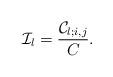
LaTeX: \begin{align*}\mathcal{I}_l=\frac{\mathcal{C}_{l;i,j}}{C}.\end{align*}